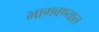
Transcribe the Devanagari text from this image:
भागवण्यात